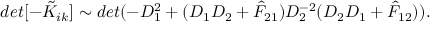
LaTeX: d e t [ - \tilde { K } _ { i k } ] \sim d e t ( - D _ { 1 } ^ { 2 } + ( D _ { 1 } D _ { 2 } + \hat { F } _ { 2 1 } ) D _ { 2 } ^ { - 2 } ( D _ { 2 } D _ { 1 } + \hat { F } _ { 1 2 } ) ) .